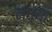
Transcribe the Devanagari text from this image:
नध्या